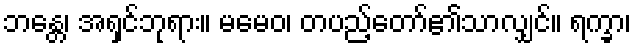
ဘန္တေ၊ အရှင်ဘုရား။ မမေဝ၊ တပည့်တော်၏သာလျှင်။ ရက္ခာ၊